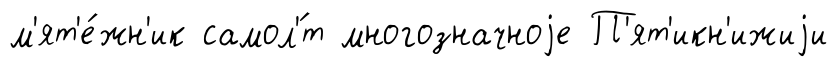
м'ят'е́жн'ик самол'́т многозначноjе П'ят'икн'ижиjи